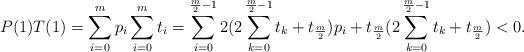
LaTeX: \begin{align*}P(1)T(1)=\sum_{i=0}^m p_i \sum_{i=0}^m t_i=\sum_{i=0}^{\frac{m}{2}-1} 2(2\sum_{k=0}^{\frac{m}{2}-1} t_{k} +t_{\frac{m}{2}}) p_{i}+ t_{\frac{m}{2}} (2 \sum_{k=0}^{\frac{m}{2}-1} t_{k} +t_{\frac{m}{2}}) < 0.\end{align*}